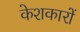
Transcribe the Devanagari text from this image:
केशकारों